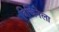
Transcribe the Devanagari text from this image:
त्रिचिनेला